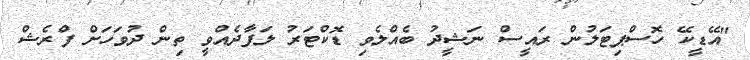
"އޭޑީކޭ ހޮސްޕިޓަލުން ރައީސް ނަޝީދު ބެއްލެވި ޑޮކްޓަރު ލަފާދެއްވީ ތިން ދުވަހަށް ފްރެޝް